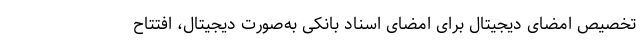
تخصیص امضای دیجیتال برای امضای اسناد بانکی به‌صورت دیجیتال، افتتاح